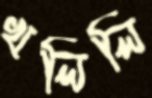
খলিলি